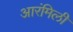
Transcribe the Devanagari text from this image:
आरंमिली